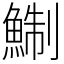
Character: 鯯